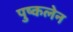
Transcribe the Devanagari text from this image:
पुष्कलेन